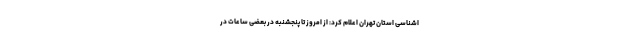
اشناسی استان تهران اعلام کرد: از امروز تا پنجشنبه در بعضی ساعات در